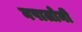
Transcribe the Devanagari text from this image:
नपालोनी